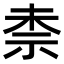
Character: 𮁤